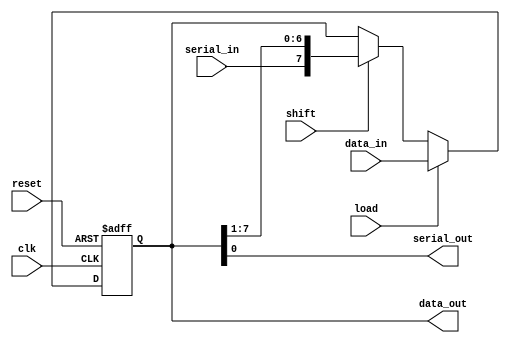
module ShiftRegister #(
    parameter WIDTH = 8,              // Parameterized width of the shift register
    parameter SHIFT_DIRECTION = 0     // 0 for right shift, 1 for left shift
) (
    input wire clk,                     // Clock signal
    input wire reset,                   // Asynchronous reset signal
    input wire [WIDTH-1:0] data_in,    // Parallel data input (for loading)
    input wire serial_in,               // Serial data input (for shifting)
    input wire load,                    // Load signal for parallel input
    input wire shift,                   // Shift signal for shifting operation
    output reg [WIDTH-1:0] data_out,    // Current state of the shift register
    output wire serial_out              // Serial output (for shifting)
);

    // Assign the serial_out to the MSB or LSB based on the shift direction
    assign serial_out = (SHIFT_DIRECTION == 1'b0) ? data_out[0] : data_out[WIDTH-1];

    // Always block for synchronous operation
    always @(posedge clk or posedge reset) begin
        if (reset) begin
            data_out <= {WIDTH{1'b0}};  // Asynchronous reset to zero
        end else begin
            if (load) begin
                data_out <= data_in;     // Load parallel data
            end else if (shift) begin
                // Shift operation
                if (SHIFT_DIRECTION == 1'b0) begin
                    // Right shift
                    data_out <= {serial_in, data_out[WIDTH-1:1]};
                end else begin
                    // Left shift
                    data_out <= {data_out[WIDTH-2:0], 1'b0};
                end
            end
        end
    end

endmodule